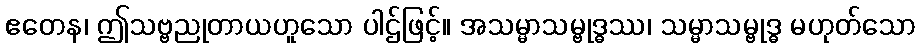
ဧတေန၊ ဤသဗ္ဗညုတာယဟူသော ပါဌ်ဖြင့်။ အသမ္မာသမ္ဗုဒ္ဓဿ၊ သမ္မာသမ္ဗုဒ္ဓ မဟုတ်သော